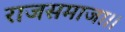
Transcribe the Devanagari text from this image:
राजसमाजा।।